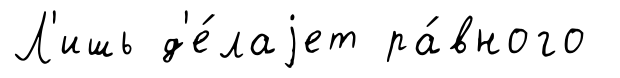
Л'ишь д'е́лаjет ра́вного